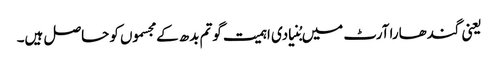
یعنی گندھارا آرٹ میں بُنیادی اہمیت گوتم بدھ کے مجسموں کو حاصل ہیں۔